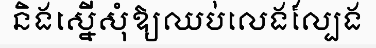
និងស្នើសុំឱ្យឈប់លេងល្បែង